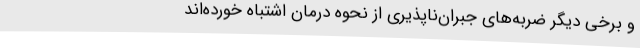
و برخی دیگر ضربه‌های جبران‌ناپذیری از نحوه درمان اشتباه خورده‌اند